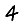
Digit: 4